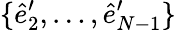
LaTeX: \{ \hat{e}_{2}^{\prime},\dots,\hat{e}_{N-1}^{\prime}\}